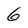
Character: G